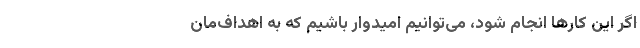
اگر این کارها انجام شود، می‌توانیم امیدوار باشیم که به اهداف‌مان